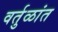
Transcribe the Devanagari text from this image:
वर्तुळांत